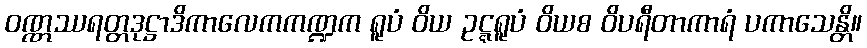
ဝဏ္ဏဿရတ္တဒုဋ္ဌာဒိကာလေကကဏ္ဍက ရူပံ ဝိယ ဥဋ္ဋရူပံ ဝိယစ ဝိပရီတာကာရံ ပကာသေန္တိ။